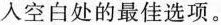
人空白处的最佳选项。